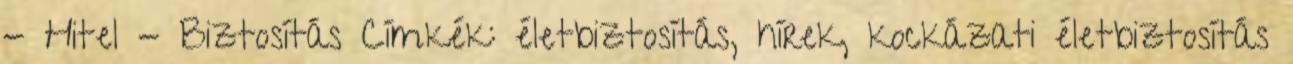
- Hitel - Biztosítás Címkék: életbiztosítás, hírek, kockázati életbiztosítás